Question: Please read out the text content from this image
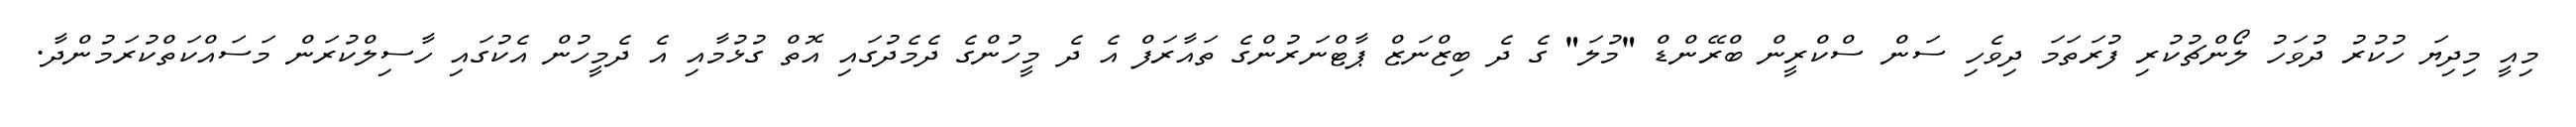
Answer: މިއީ މިދިޔަ ހުކުރު ދުވަހު ލޯންޗުކުރި ފުރަތަމަ ދިވެހި ސަން ސްކްރީން ބްރޭންޑް "މުލަ" ގެ ދެ ބިޒްނަޒް ޕާޓްނަރުންގެ ތައާރަފް އެ ދެ މީހުންގެ ދެމެދުގައި އޮތް ގުޅުމާއި އެ ދެމީހުން އެކުގައި ހާސިލްކުރަން މަސައްކަތްކުރަމުންދާ.